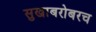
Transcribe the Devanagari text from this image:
सुखाबरोबरच